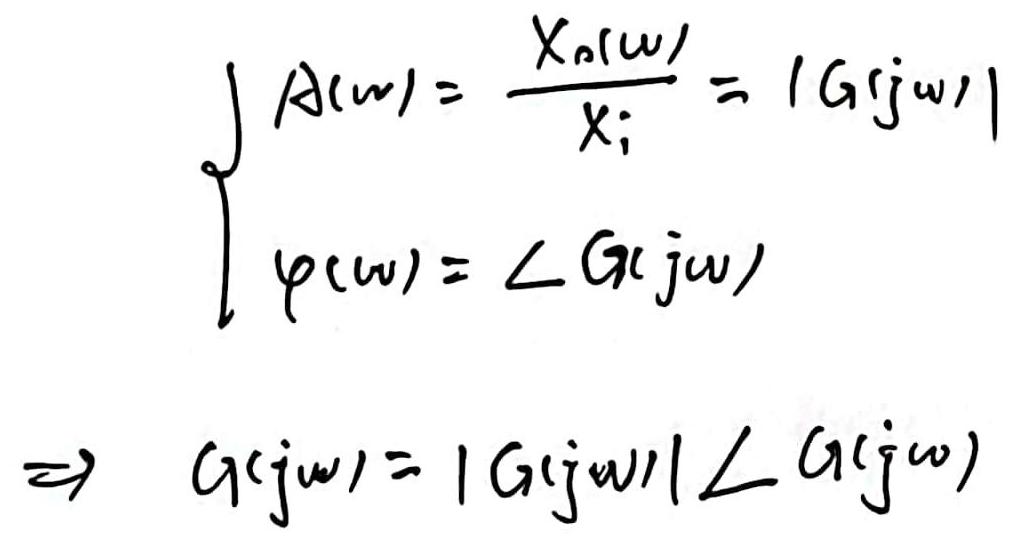
\[
\left\{
\begin{array}{l}
A(\omega)=\frac{X_{o}(\omega)}{X_{i}} = |G(j\omega)| \\
\varphi(\omega)=\angle G(j\omega)
\end{array}
\right.
\]
\[
\Rightarrow G(j\omega)=|G(j\omega)|\angle G(j\omega)
\]